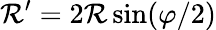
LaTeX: \mathcal{R}^{\prime}=2\mathcal{R}\sin(\varphi/2)